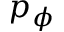
p _ { \phi }